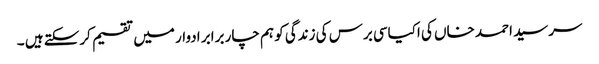
سرسید احمد خاں کی اکیاسی برس کی زندگی کو ہم چار برابر ادوار میں تقسیم کرسکتے ہیں ۔